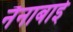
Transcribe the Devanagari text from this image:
नैनाबाई